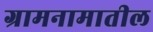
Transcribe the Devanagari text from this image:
ग्रामनामातील